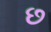
છ